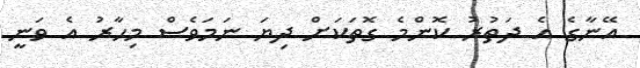
އޭނާގެ އެ ދަތުރު ކޮންމެ ގޮތަކަށް ދިޔަ ނަމަވެސް މިހާރު އެ ވަނީ